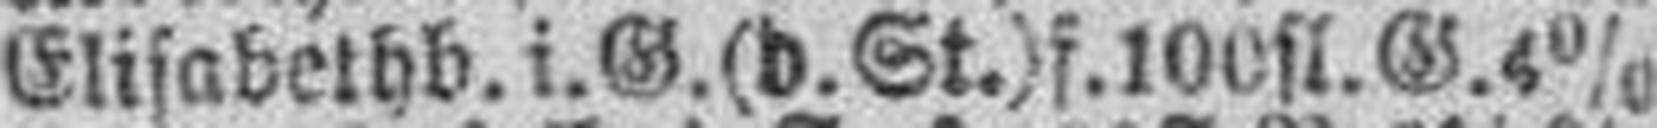
EIisabethb. i. G. (d. St.) f. 100 fl. G. 4%